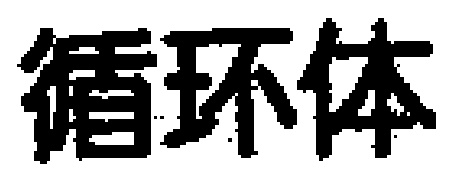
循环体